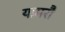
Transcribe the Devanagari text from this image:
यामरौ